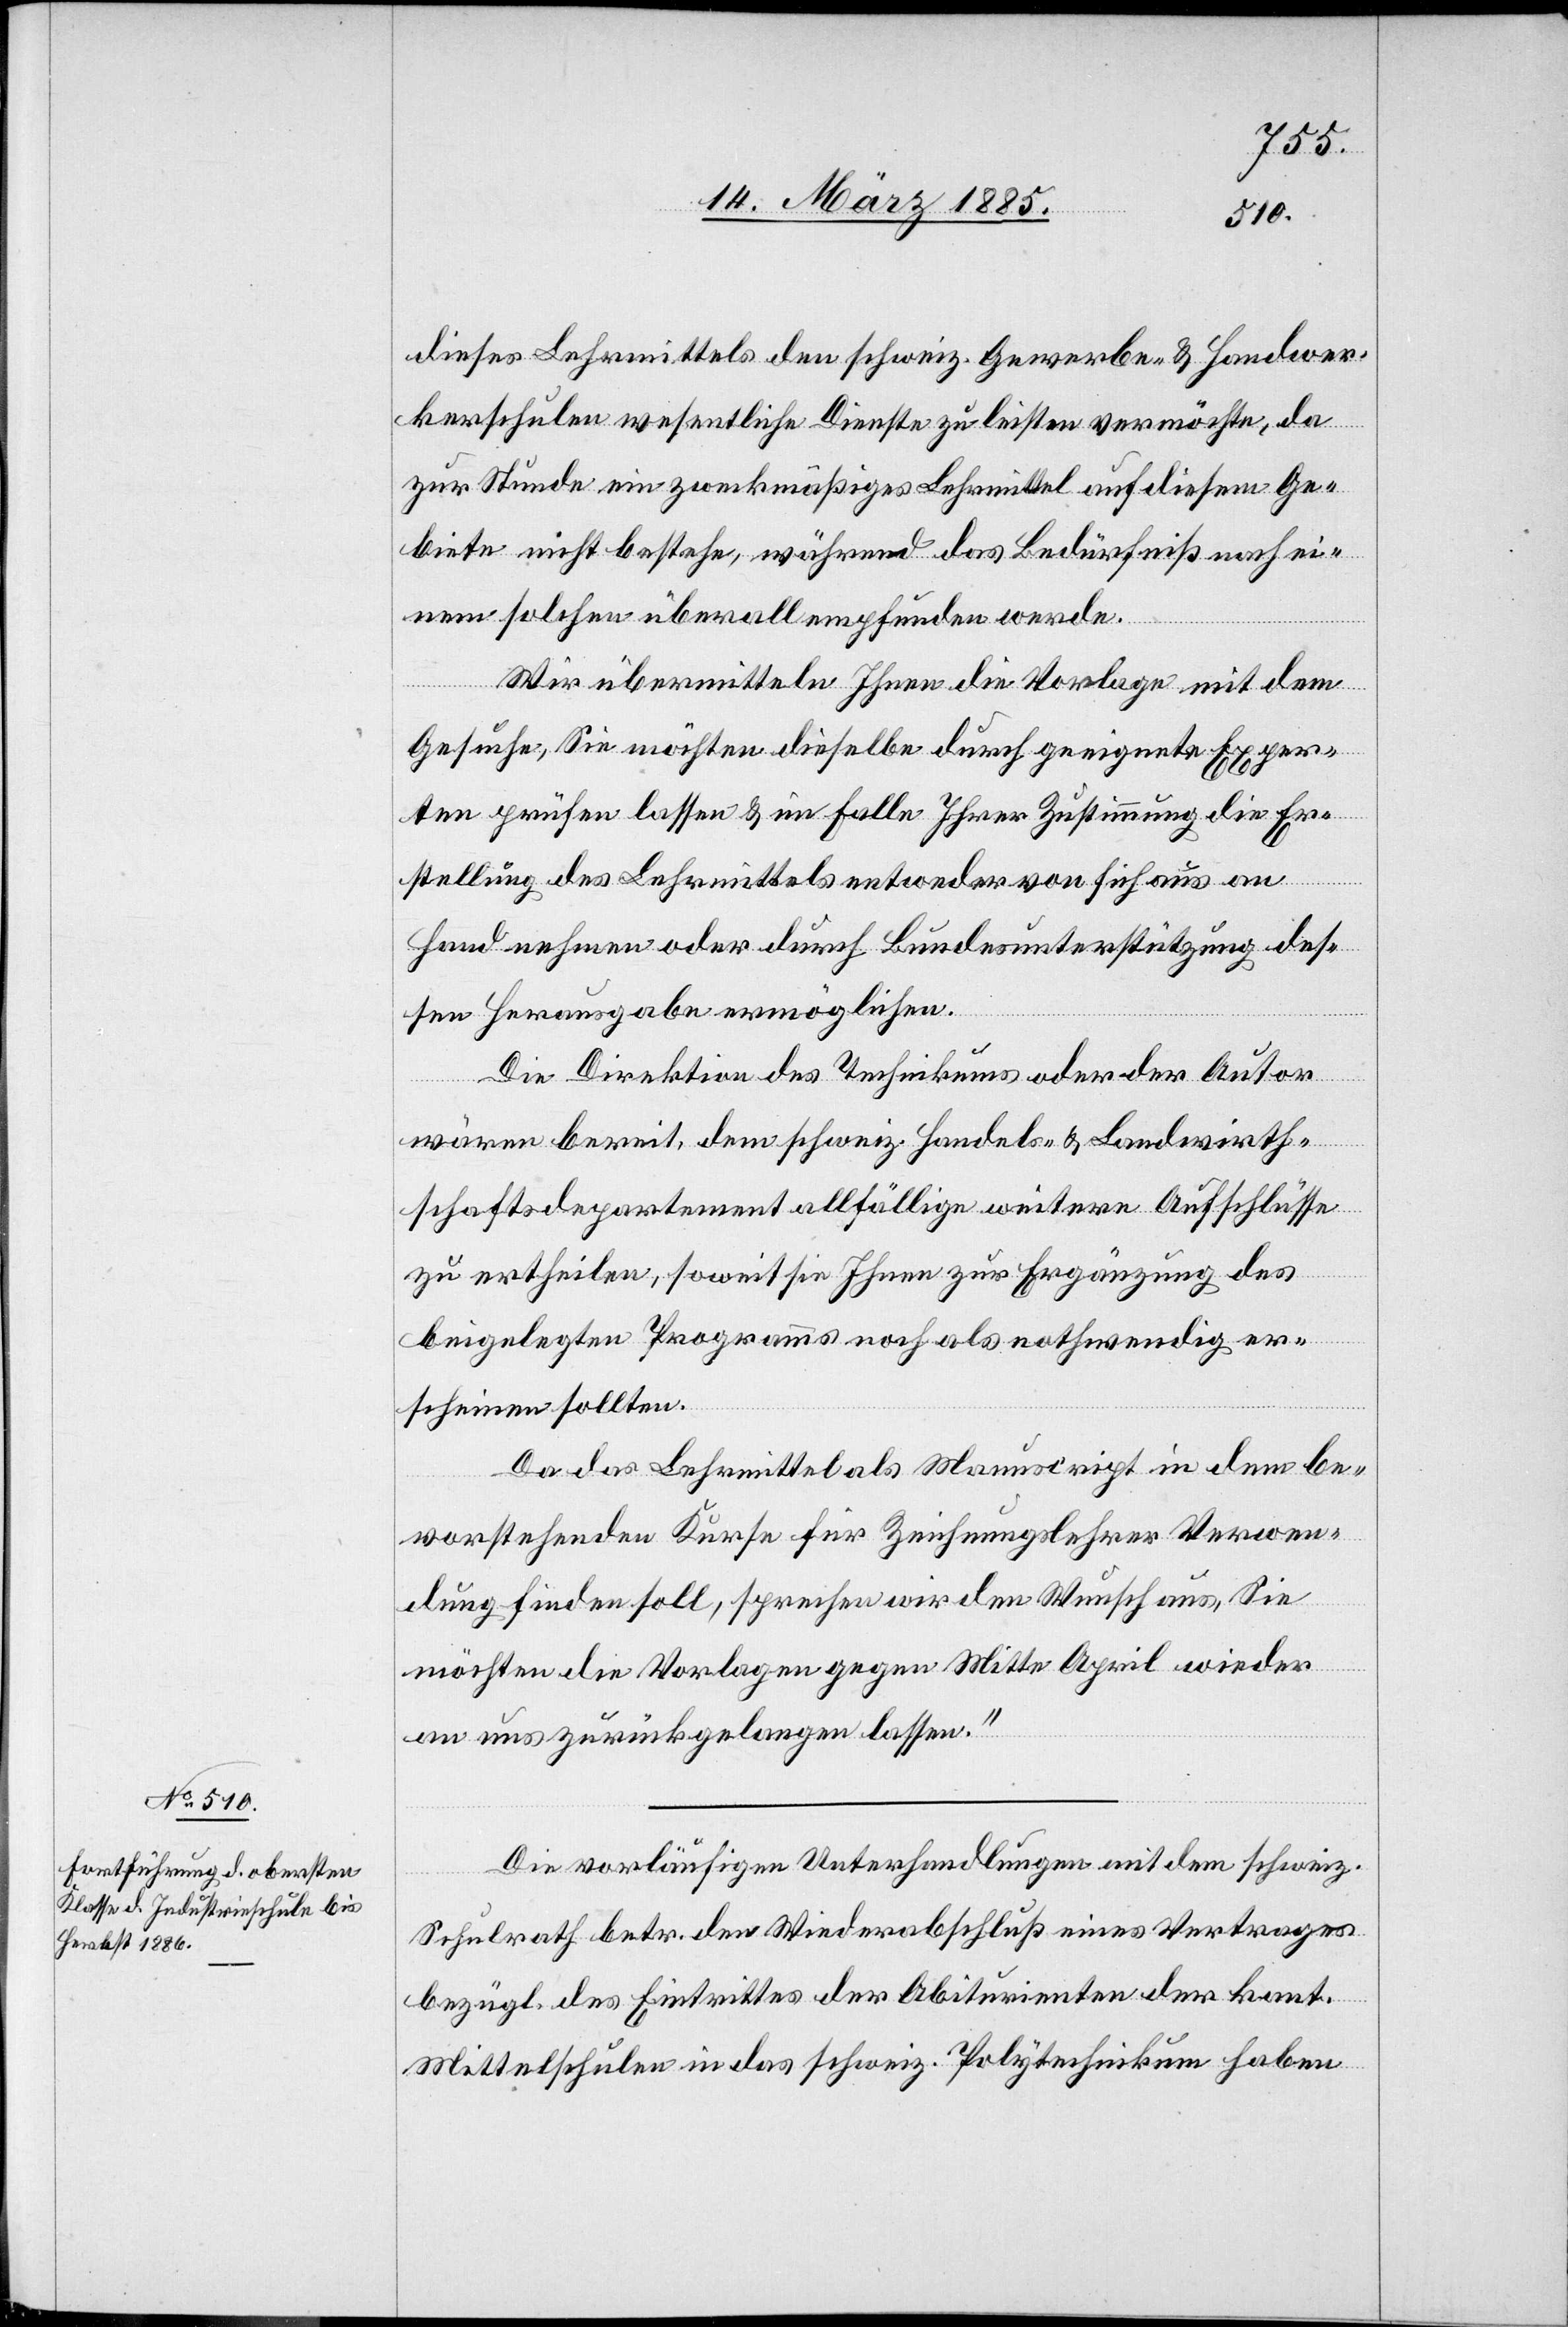
dieses Lehrmittels den schweiz. Gewerbe- & Handwer¬
kerschulen wesentliche Dienste zu leisten vermöchte, da
zur Stunde ein zweckmäßiges Lehrmittel auf diesem Ge¬
biete nicht bestehe, während das Bedürfniß nach ei¬
nem solchen überall empfunden werde.
Wir übermitteln Ihnen die Vorlage mit dem
Gesuche, Sie möchten dieselbe durch geeignete Exper¬
ten prüfen lassen & im Falle Ihrer Zustimmung die Er¬
stellung des Lehrmittels entweder von sich aus an
Hand nehmen oder durch Bundesunterstützung des¬
sen Herausgabe ermöglichen.
Die Direktion des Technikums oder der Autor
wären bereit, dem schweiz. Handels- & Landwirth¬
schaftsdepartement allfällige weitere Aufschlüsse
zu ertheilen, soweit sie Ihnen zur Ergänzung des
beigelegten Programms noch als nothwendig er¬
scheinen sollten.
Da das Lehrmittel als Manuscript in dem be¬
vorstehenden Kurse für Zeichnungslehrer Verwen¬
dung finden soll, sprechen wir den Wunsch aus, Sie
möchten die Vorlagen gegen Mitte April wieder
an uns zurückgelangen lassen.“
Die vorläufigen Unterhandlungen mit dem schweiz.
Schulrat betr. den Wiederabschluß eines Vertrages
bezügl. des Eintrittes der Abiturienten der kant.
Mittelschulen in das schweiz. Polytechnikum haben